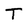
Character: T